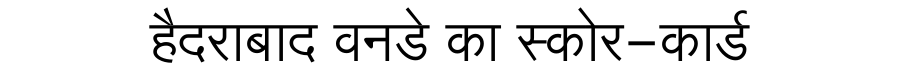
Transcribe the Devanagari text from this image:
हैदराबाद वनडे का स्कोर-कार्ड